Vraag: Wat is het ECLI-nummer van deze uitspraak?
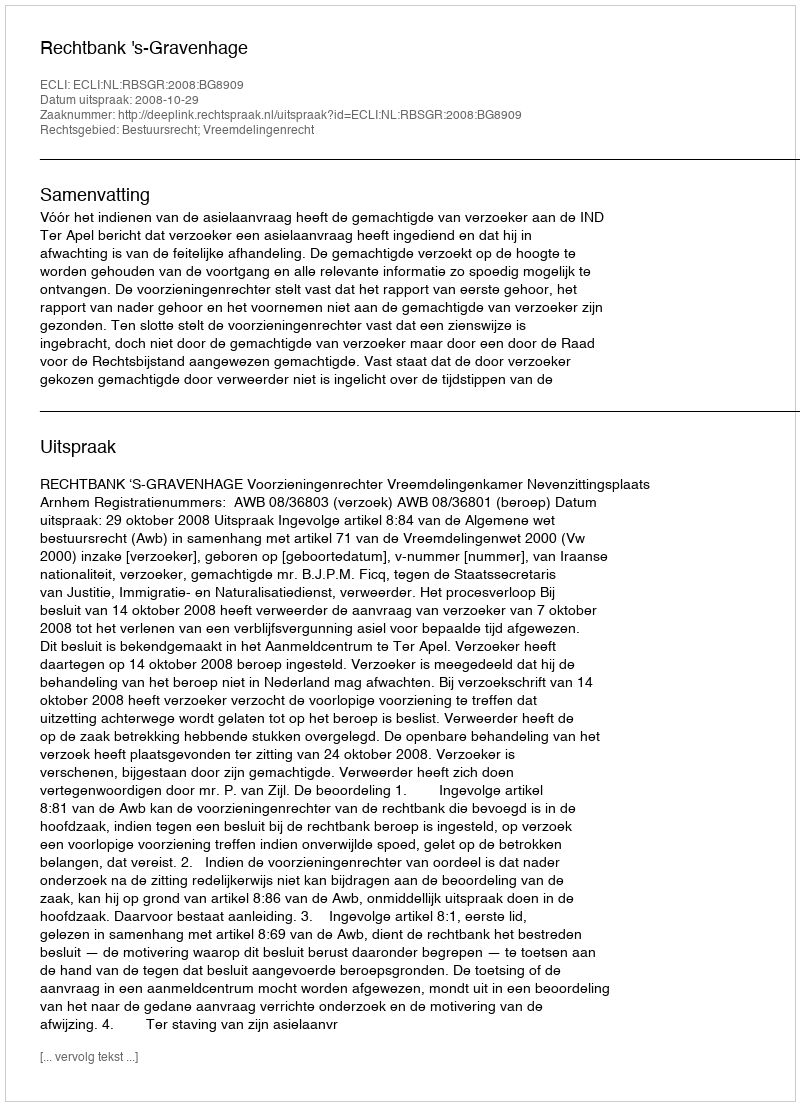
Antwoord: ECLI:NL:RBSGR:2008:BG8909